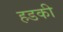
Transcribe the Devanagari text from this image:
हडकी